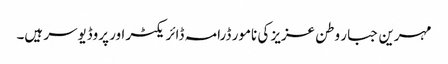
مہرین جبار وطن عزیز کی نامور ڈرامہ ڈائریکٹر اور پروڈیوسر ہیں۔